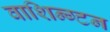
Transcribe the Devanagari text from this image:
वाशिन्ग्टन